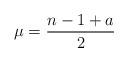
LaTeX: \begin{align*}\mu=\frac{n-1+a}{2}\end{align*}